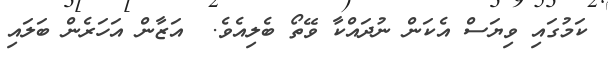
ކަމުގައި ވިޔަސް އެކަން ނުދައްކާ ވޭތޯ ބެލިއެވެ.  އަޒާން އަހަރެން ބަލައި